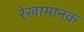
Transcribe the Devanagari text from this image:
रेखामानक